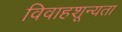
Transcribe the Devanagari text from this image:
विवाहशून्यता